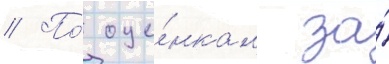
// По́ оце́нкам за́